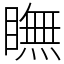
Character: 瞴